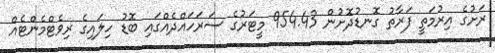
ރަށުގެ އިރުމަތީ ފަރާތު ގޮނޑުދޮށުން 954.43 މީޓަރުގެ ސަރަހައްދެއްގައި ބޮޑު ހިލައިގެ ރިވެޓްމެންޓެއް